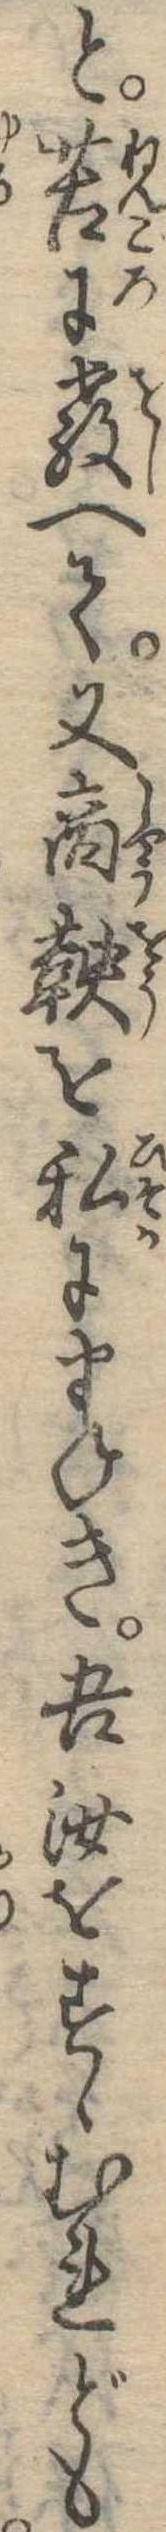
と苦に教へて又商鞅を私にまねき吾汝をすゝむれども